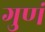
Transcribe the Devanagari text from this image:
गुणं